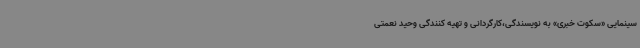
سینمایی «سکوت خبری» به نویسندگی،کارگردانی و تهیه کنندگی وحید نعمتی